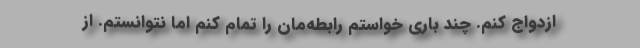
ازدواج کنم. چند باری خواستم رابطه‌مان را تمام کنم اما نتوانستم. از